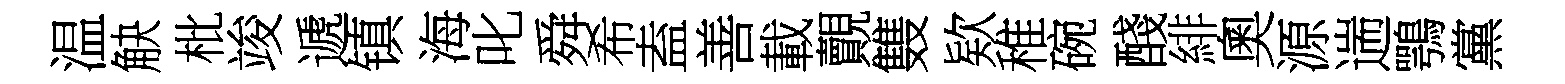
温觖枇竣遞镇海叱舜希盍善載覿䨇欵稚碗醆緋奧源遄鶚黨